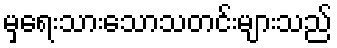
မှရေးသားသောသတင်းများသည်